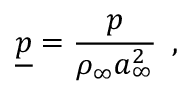
\underline { { p } } = \frac { p } { \rho _ { \infty } a _ { \infty } ^ { 2 } } \, \mathrm { ~ , ~ }